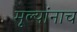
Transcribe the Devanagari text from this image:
मूल्यांनाच